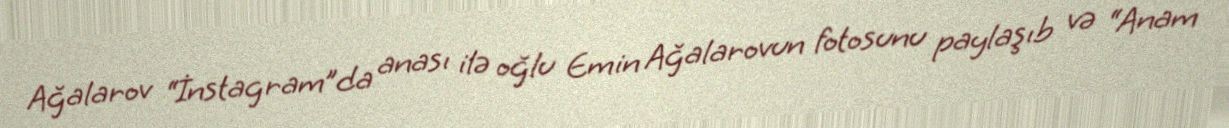
Ağalarov “İnstagram”da anası ilə oğlu Emin Ağalarovun fotosunu paylaşıb və “Anam